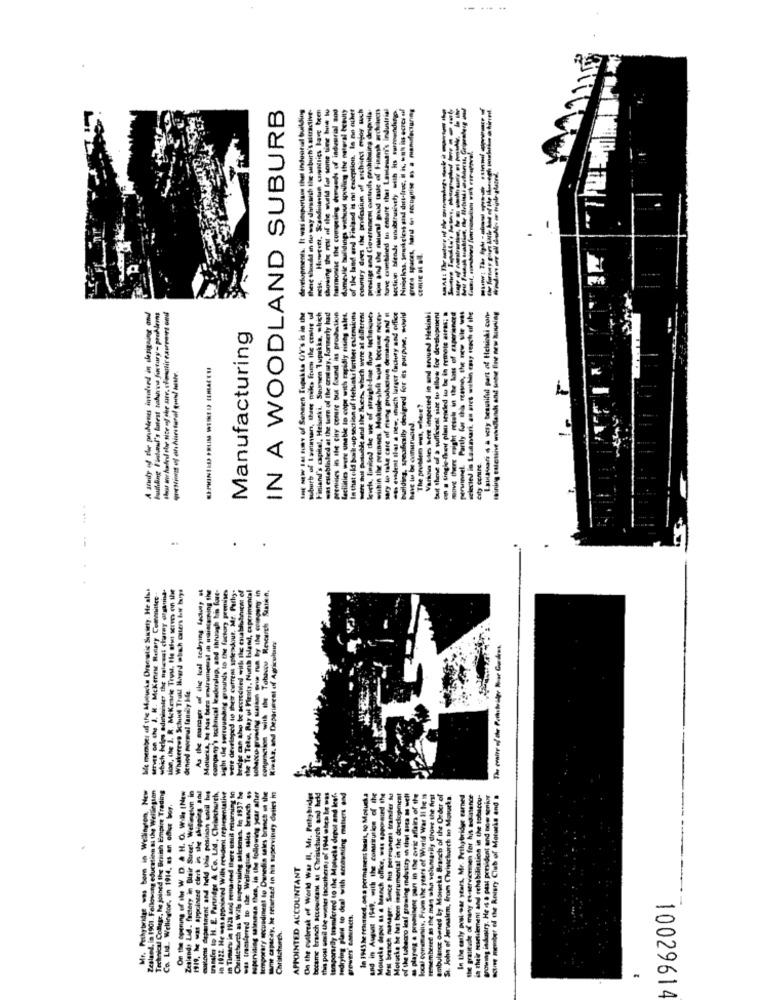
IN A WOODLAND SUBURB
showing the rest of the world for some time huw tu
harmonise the computing derneeds of industrial and
domestic buildings without spoiling the natural beauty
of the land end Finland is no exception. la no cihet
Country does the professiun of architect enjoy wuch
prestige and Coverament controls prohibiting desppila-
hurve cximbined to ensure that Leutemen's Industrial
section blende unobtruindy with its summendie
developments. It was insportans the industal building
there should an do way doisaish the suburb's attractive-
Finland's capitel, Helseki. Strassen Tupukka, which
of the
A stinity of the prubienes involved in slesignant and
og Finstanul's latest tahurva fintury- problems
THE NEW tat sun of Senmen Tupskte CV's is in the
suburb of I aminsan, three maks frum the centre ud
was established at the torn of the century, formerly had
geeniiies in the city centre but found ins production
facilities were unable to cope with rapidly rising sales,
In that oldd bush-up section of Helsinki further quemions
Mere Sul polubde and the fluen, which were at different
levels, limited the use of straight-base fluw techniques
within the prennes. Mukole-shaft woch became necer
sary to take care of rising pruducten demindy and
- evident that a new, such lutger lachity and office
building, speadically designed for its purpose, would
Varkoin Sites were inspecied in and around Helsinki
tout thene of a walliciest sice to allow for development
on a single-fhey plan sended to be in remote aires; .
MOVE there waight resol in the loss of experienced
personnel. Partly for this reesne, the new sie wat
selected is Lasansari, an ares wuhin ensy reach of the
Laulasani ( a very beautiful part of Helsinki con-
taining estetihe willandt and wine fine new housing
Manufacturing
K
The problem aus, where?
have to be canuruced.
city centre
.
Me member of the Matucks Drewtic Sustely. He also
which helps adminiser the nalewat charey organisk.
sion, the J. R. MeKesrie Trou. Ile ahus serm on the
Whakerrws School Trott Hagrd which caters but buys
As the managt of the teal tedrying laclusy =f
Motucks, he has been wirumeeat in ulintamning the
company's Ichnucal leaderslup, and thruogh tris fire-
sight the sorrounding grounds to the factory premises
were developed to their current splendour, Mr. Pachy:
the Te Telu, Ray ul Plenty, Nunth bland, experimental
sobaccu growing sielaan gos run by the company in
conproction with the Tobacco Resurch Statin,
serves on the J. K. Mckenen Rentery Committee
bridge can also be accredited with the estabalubout
Riwake, and Department of Agricchairs
denied normal familiy kle.
Zesland, in 1901. Following education a the Wellington
Technical College, he joined the British Empire Trading
Zeslands Lid. factory in Blair Street, Wellington in
customs department and held this position until tus
in 1922. He was appointed Will resident representative
In Timers in 1928 and remained there uniit returning in
supervising saleunan then, in the following year after
Mr. Pathybridge was born in Wellington, New
On the opening of the W D. & H. O. Will (New
pervising salesensa. In 1937 54
was transferred to the Wellington sales branch ..
temporary secondmeat to Dunedin sales branch at the
same capaciy, he returned in his supervisiry deties in
On the outbreak of World War II, Mr. Prihybridgr
became branch accountant af Christchurch and held
this post umil the winter (southern, of 1944 mbca be was
temporarily tram/creed to the Motucke deput and lesf.
Bedrying plan to deal with accounting matters and
In 1943 heresinned, on a permanent basis, so Mplucka
and in August 1949, with the constitution of the
Mosueke depor as a branch office, was appointed the
Arst branch menager. Since his permanent tranfer lu
Motucks he has been instrumental in the development
of the tabacco leaf growing mdutity th chal Brea m well
players . prominent part in the cwric affairs of the
kcal conamanis, From the years of World War II he is
remembered as the man who voluntarily drove the first
ambulance owned by Moiutka Branch of the Order of
St. John of Jerusalem, from Christchurch in Moturka.
In the carly posi -war years, Mr. Pethybridge earned
the gratitude of many ex-servicemen for his assisteno
in their reseulement and rehabilitation in the tobscou-
growing industry. He is a past president and now senior
a member of the Anisry Club of Moturks and .
Co. Lid. Wellington, in 1914, as an offer bor.
tanie to H. E. Partridge & Co. Lid ., Cheisch
Christchurch as Wills pervitin
APPOINTED ACCOUNTANT
growers" canardters.
Christchurch.
10029614